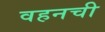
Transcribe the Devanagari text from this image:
वहनची